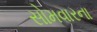
સોમવારના